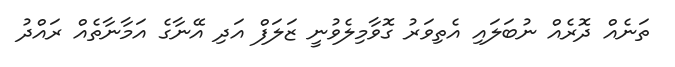
ތަނެއް ދޮރެއް ނުބަލައި އެތިވަރު ގޮވާމިލެވުނީ ޒަލަފް އަދި އޭނާގެ އަމާނާތެއް ރައްދު